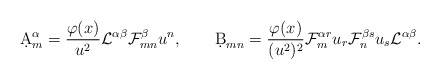
\begin{align*}\d A^\alpha_m={{\varphi(x)}\over{u^2}}{\cal L}^{\alpha\beta}{\cal F}^\beta_{mn}u^n,\qquad\d B_{mn}={{\varphi(x)}\over{(u^2)^2}}{\cal F}^{\alpha r}_{m}u_r{\cal F}^{\beta s}_nu_s{\cal L}^{\alpha\beta}.\end{align*}